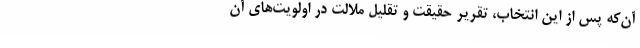
آن‌که پس از این انتخاب، تقریر حقیقت و تقلیل ملالت در اولویت‌های آن